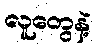
လူတွေနဲ့